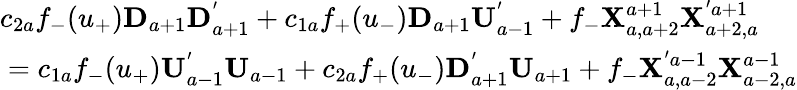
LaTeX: \begin{array}{l}{{c_{2a}f_{-}(u_{+}){\mathbf D}_{a+1}{\mathbf D}_{a+1}^{'}+c_{1a}f_{+}(u_{-}){\mathbf D}_{a+1}{\mathbf U}_{a-1}^{'}+f_{-}{\mathbf X}_{a,a+2}^{a+1}{\mathbf X}_{a+2,a}^{'a+1}}}\\ {{\mathrm{}=c_{1a}f_{-}(u_{+}){\mathbf U}_{a-1}^{'}{\mathbf U}_{a-1}+c_{2a}f_{+}(u_{-}){\mathbf D}_{a+1}^{'}{\mathbf U}_{a+1}+f_{-}{\mathbf X}_{a,a-2}^{'a-1}{\mathbf X}_{a-2,a}^{a-1}}}\end{array}